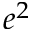
e ^ { 2 }